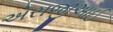
એસજીઆઈ